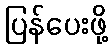
ပြန်ပေးဖို့